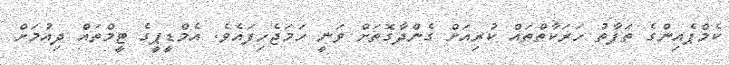
ކެމްޕެއިންގެ ތަފާތު ހަރަކާތްތައް ކުރިއަށް ގެންދާގޮތަށް ވަނީ ހަމަޖެހިފައެވެ. އެމްޑީޕީގެ ޓީމްތައް ދިއުމަށް